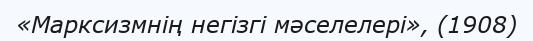
«Марксизмнің негізгі мәселелері», (1908)